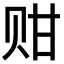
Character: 𬥴